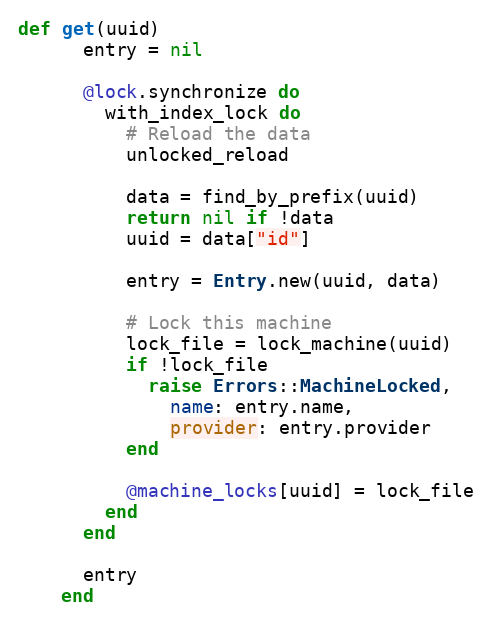
Language: Ruby
def get(uuid)
      entry = nil

      @lock.synchronize do
        with_index_lock do
          # Reload the data
          unlocked_reload

          data = find_by_prefix(uuid)
          return nil if !data
          uuid = data["id"]

          entry = Entry.new(uuid, data)

          # Lock this machine
          lock_file = lock_machine(uuid)
          if !lock_file
            raise Errors::MachineLocked,
              name: entry.name,
              provider: entry.provider
          end

          @machine_locks[uuid] = lock_file
        end
      end

      entry
    end